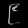
Digit: ၉